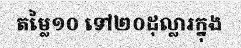
តម្លៃ១០ ទៅ២០ដុល្លារក្នុង